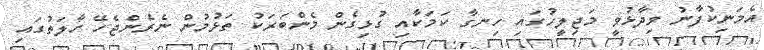
އެމަނިކުފާނު ވިދާޅުވީ މަޖިލީހުގައި ހިނގާ ކަމަކާއި ގުޅިގެން މެންބަރަކު ތަޅުމުން ނެރެންޖެހޭ ހާލަތުގައި